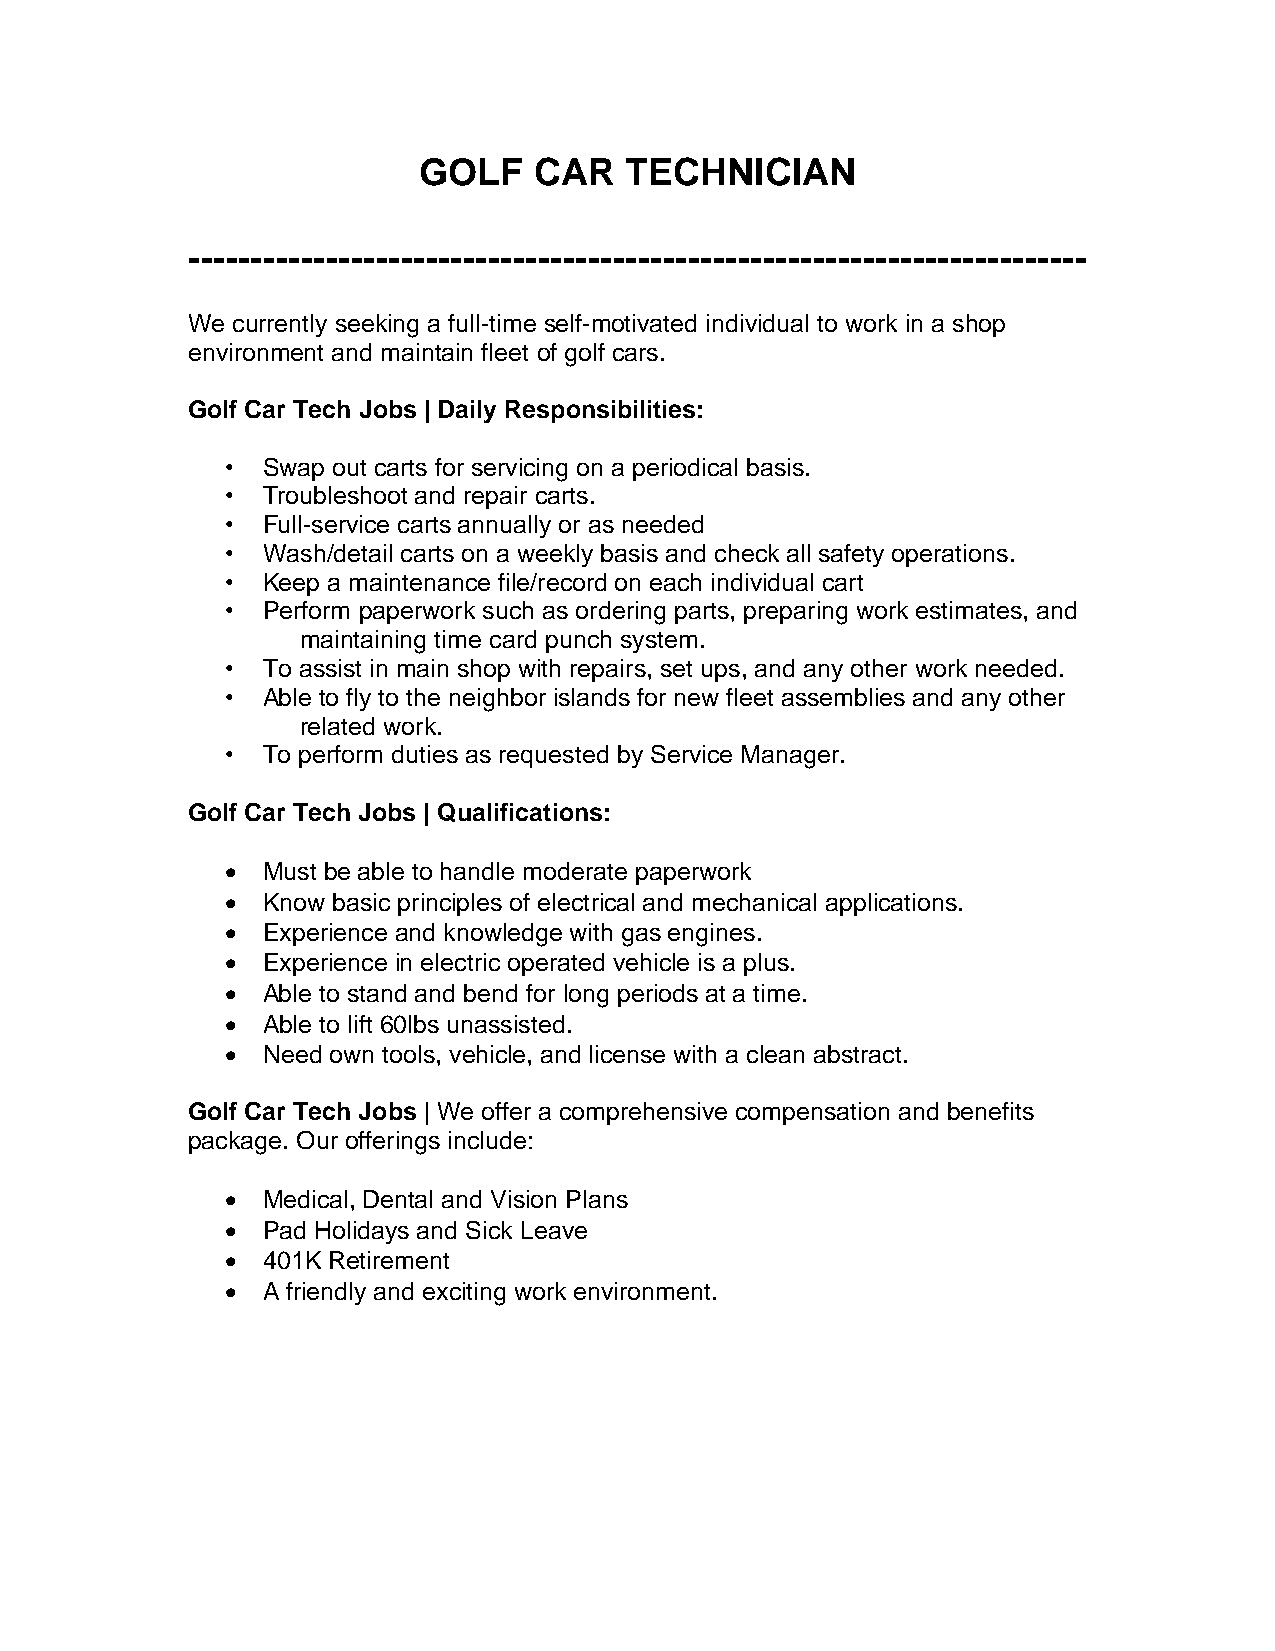
GOLF   CAR   TECHNICIAN
 ------------------------------------------------------------------------
 We currently seeking a full-time self-motivated individual to work in a shop
 environment and maintain fleet of golf cars.
 Golf Car Tech Jobs | Daily Responsibilities:
 • Swap out carts for servicing on a periodical basis.
 • Troubleshoot and repair carts.
 • Full-service carts annually or as needed
 • Wash/detail carts on a weekly basis and check all safety operations.
 • Keep a maintenance file/record on each individual cart
 • Perform paperwork such as ordering parts, preparing work estimates, and
 maintaining time card punch system.
 • To assist in main shop with repairs, set ups, and any other work needed.
 • Able to fly to the neighbor islands for new fleet assemblies and any other
 related work.
 • To perform duties as requested by Service Manager.
 Golf Car Tech Jobs | Qualifications:
 • Must be able to handle moderate paperwork
 • Know basic principles of electrical and mechanical applications.
 • Experience and knowledge with gas engines.
 • Experience in electric operated vehicle is a plus.
 • Able to stand and bend for long periods at a time.
 • Able to lift 60lbs unassisted.
 • Need own tools, vehicle, and license with a clean abstract.
 Golf Car Tech Jobs | We offer a comprehensive compensation and benefits
 package. Our offerings include:
 • Medical, Dental and Vision Plans
 • Pad Holidays and Sick Leave
 • 401K Retirement
 • A friendly and exciting work environment.